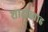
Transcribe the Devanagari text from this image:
शादीब्याह